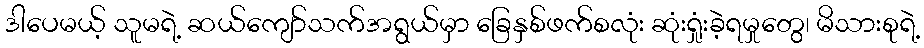
ဒါပေမယ့် သူမရဲ့ ဆယ်ကျော်သက်အရွယ်မှာ ခြေနှစ်ဖက်စလုံး ဆုံးရှုံးခဲ့ရမှုတွေ၊ မိသားစုရဲ့